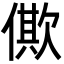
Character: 僛